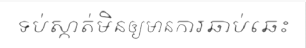
ទប់ស្កាត់មិនឲ្យមានការឆាប់ឆេះ